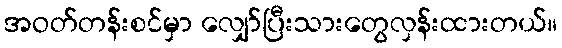
အဝတ်တန်းစင်မှာ လျှော်ပြီးသားတွေလှန်းထားတယ်။